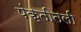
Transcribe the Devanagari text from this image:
पंक्तीतली